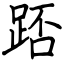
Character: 踎